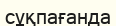
сұқпағанда